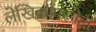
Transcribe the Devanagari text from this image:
लेखिकांमध्येही